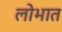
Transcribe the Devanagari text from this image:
लोभात